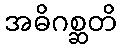
အဓိဂစ္ဆတိ